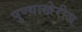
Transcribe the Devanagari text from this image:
पुण्याखेरीज